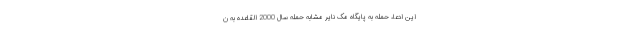
این ادعا، حمله به پایگاه مک نایر مشابه حمله سال 2000 القاعده به ن